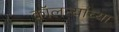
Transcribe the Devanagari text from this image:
कॉलन्यांच्या